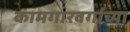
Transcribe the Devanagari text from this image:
कामगारवर्गाच्या